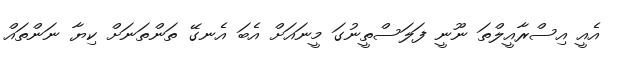
އެއީ އިސްރާއީލްތަ ނޫނީ ފަލަސްތީނުގަ މީނައަށް އެބަ އެނގޭ ތަންތަނަށް ކިޔާ ނަންތައް